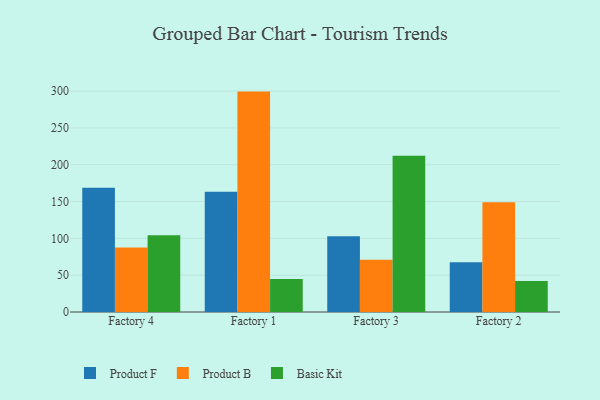
{"axis": {"x": "Factory", "y": "Revenue (USD Million)"}, "legend": ["Basic Kit", "Product B", "Product F"], "data": [{"x": "Factory 4", "y": 168.6, "type": "Product F"}, {"x": "Factory 4", "y": 87.5, "type": "Product B"}, {"x": "Factory 4", "y": 104.1, "type": "Basic Kit"}, {"x": "Factory 1", "y": 163.2, "type": "Product F"}, {"x": "Factory 1", "y": 299.3, "type": "Product B"}, {"x": "Factory 1", "y": 44.8, "type": "Basic Kit"}, {"x": "Factory 3", "y": 102.9, "type": "Product F"}, {"x": "Factory 3", "y": 71.1, "type": "Product B"}, {"x": "Factory 3", "y": 212.3, "type": "Basic Kit"}, {"x": "Factory 2", "y": 67.6, "type": "Product F"}, {"x": "Factory 2", "y": 149.2, "type": "Product B"}, {"x": "Factory 2", "y": 42.0, "type": "Basic Kit"}]}